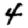
Digit: 4